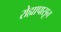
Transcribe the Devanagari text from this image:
रोह्यापासून